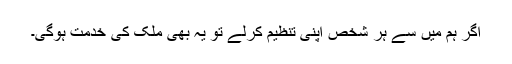
اگر ہم میں سے ہر شخص اپنی تنظیم کرلے تو یہ بھی ملک کی خدمت ہوگی۔